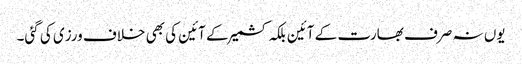
یوں نہ صرف بھارت کے آئین بلکہ کشمیر کے آئین کی بھی خلاف ورزی کی گئی۔